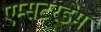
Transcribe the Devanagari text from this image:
एम्सटरडेम